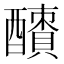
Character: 𨣜